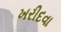
ખરીદવા